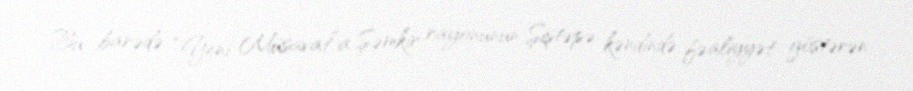
Bu barədə “Yeni Müsavat”a Şəmkir rayonunun Şiştəpə kəndində fəaliyyət göstərən